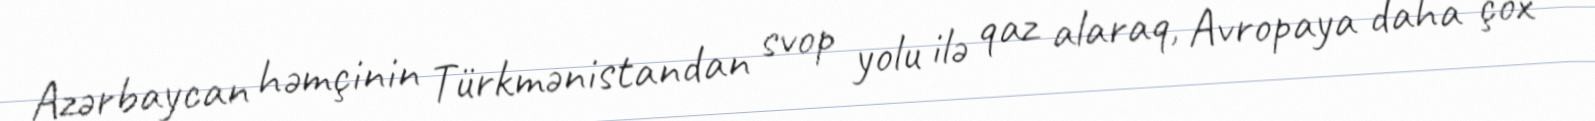
Azərbaycan həmçinin Türkmənistandan svop yolu ilə qaz alaraq, Avropaya daha çox